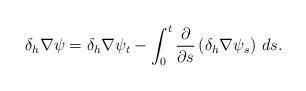
LaTeX: \begin{align*}\delta_h\nabla \psi=\delta_h\nabla \psi_t-\int_0^t \frac{\partial}{\partial s} \left(\delta_h\nabla \psi_s\right)\,ds.\end{align*}